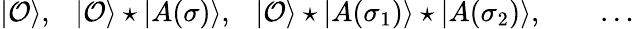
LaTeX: |{\cal O}\rangle,~~~|{\cal O}\rangle\star|A(\sigma)\rangle,~~~|{\cal O}\rangle\star|A(\sigma_{1})\rangle\star|A(\sigma_{2})\rangle,\qquad\dots